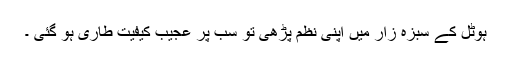
ہوٹل کے سبزہ زار میں اپنی نظم پڑھی تو سب پر عجیب کیفیت طاری ہو گئی ۔